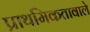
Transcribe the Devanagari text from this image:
प्राथमिकतावाले